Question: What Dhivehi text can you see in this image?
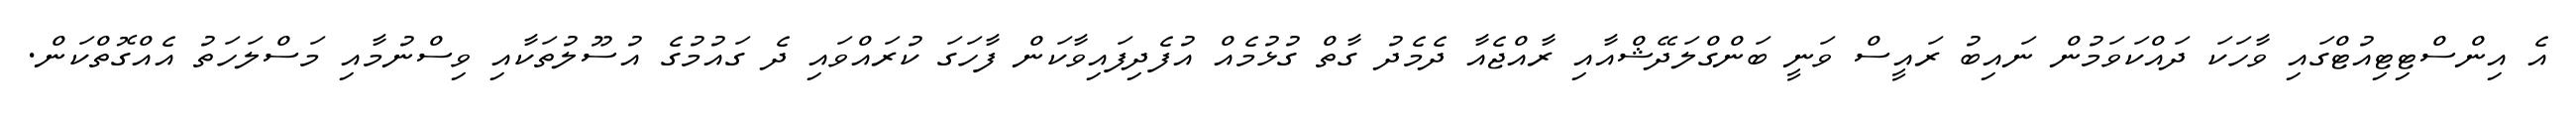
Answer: އެ އިންސްޓިޓިއުޓްގައި ވާހަކަ ދައްކަވަމުން ނައިބު ރައީސް ވަނީ ބަންގްލަދޭޝްއާއި ރާއްޖެއާ ދެމެދު ގާތް ގުޅުމެއް އުފެދިފައިވާކަން ފާހަގަ ކުރައްވައި ދެ ގައުމުގެ އުސޫލުތަކާއި ވިސްނުމާއި މަސްލަހަތު އެއްގޮތްކަން.